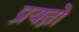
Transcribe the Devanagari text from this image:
प्रयत्नो